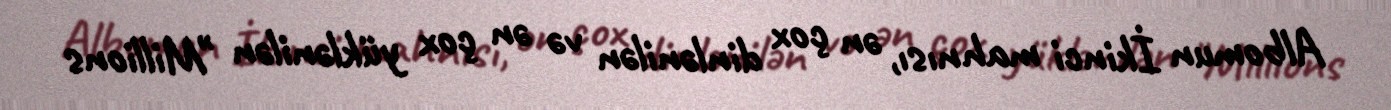
Albomun İkinci mahnısı, ən çox dinlənilən və ən çox yüklənilən "Millions